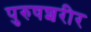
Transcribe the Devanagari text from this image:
पुरुषशरीर